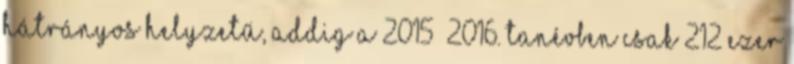
hátrányos helyzetű, addig a 2015 2016. tanévben csak 212 ezer